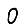
Digit: 0